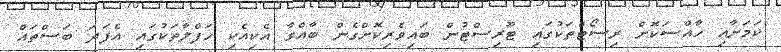
ކަމަށާއި ހާއްސަކޮށް ރިސޯޓްތަކުގައި ޓޫރިސްޓުން ބައިވެރިކޮށްގެން ބާއްވާ އެކިއެކި ހަފްލާތަކުގައި އެފަދަ ބަސްތައް